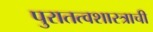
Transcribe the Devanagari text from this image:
पुरातत्वशास्त्राची